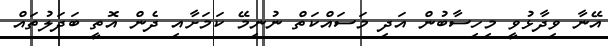
އޭނާ ވިދާޅުވީ މިހިސާބުން އަދި މަސައްކަތް ނުނިމޭ ކަމަށާއި ދެން އޮތީ ބަދަލުތައް